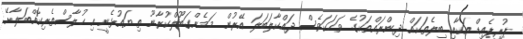
ޕުރިޕެއިޑް އަކާއި ބިލެތަކައް ދިންރައްތަކުގެ ވަހަކަވެސް ދައްކާލަބަލަ އޭރުން މަމެންގަބޫލްކުރާނޫ ތިޔައުޅެނީ އިޙުލާސްތެރިކޮއްބަލާށޭ